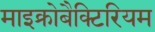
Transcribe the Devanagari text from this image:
माइक्रोबैक्टिरियम